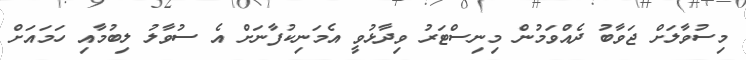
މިސުވާލަށް ޖަވާބު ދެއްވަމުން މިނިސްޓަރު ވިދާޅުވީ އެމަނިކުފާނަށް އެ ސުވާލު ލިބުމާއި ހަމައަށް